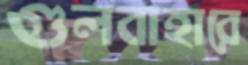
গুলবাহারে